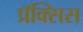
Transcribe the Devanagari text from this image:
प्रॅक्सिस